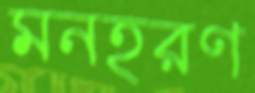
মনহরণ